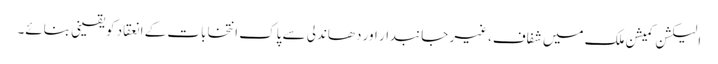
الیکشن کمیشن ملک میں شفاف،غیر جانبدار اور دھاندلی سے پاک انتخابات کے انعقاد کویقینی بنائے۔